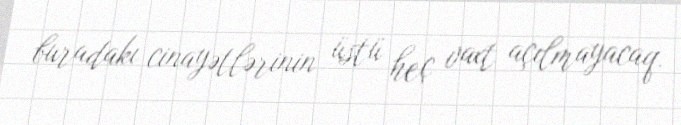
buradakı cinayətlərinin üstü heç vaxt açılmayacaq.